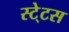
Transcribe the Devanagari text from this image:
स्‍टे्टस